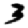
Digit: 3